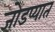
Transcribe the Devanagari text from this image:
जोडप्यात